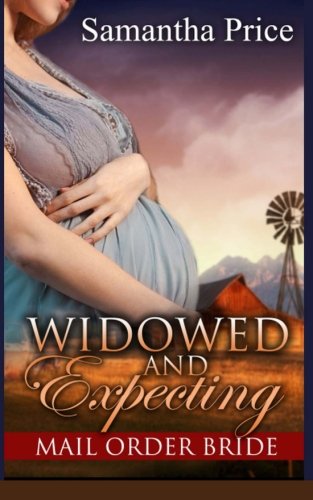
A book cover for Mail Order Bride: Widowed and Expecting (Western Mail Order Brides) (Volume 4); Samantha Price; Romance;